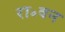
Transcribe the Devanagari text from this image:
रा॰वन